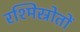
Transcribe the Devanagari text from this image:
रश्मिस्रोतों